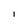
Character: l